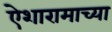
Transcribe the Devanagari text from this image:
ऐशारामाच्या